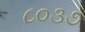
૮૦૩૭